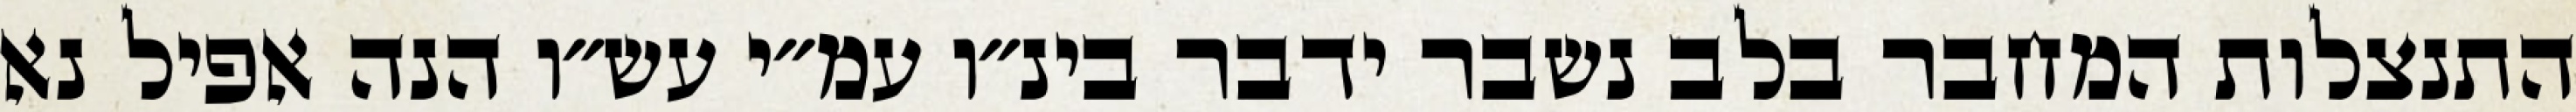
התנצלות המחבר בלב נשבר ידבר בינ״ו עמ״י עש״ו הנה אפיל נא